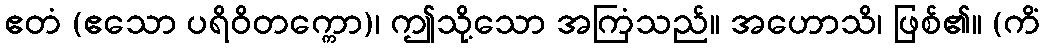
ဧတံ (ဧသော ပရိဝိတက္ကော)၊ ဤသို့သော အကြံသည်။ အဟောသိ၊ ဖြစ်၏။ (ကိံ